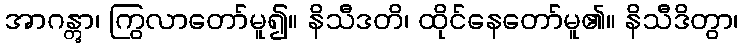
အာဂန္တွာ၊ ကြွလာတော်မူ၍။ နိသီဒတိ၊ ထိုင်နေတော်မူ၏။ နိသီဒိတွာ၊